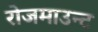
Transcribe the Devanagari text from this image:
रोजमाउन्ट